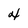
Character: 4